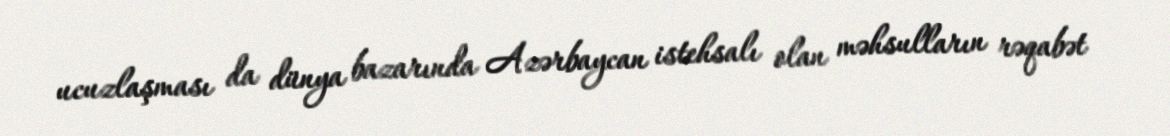
ucuzlaşması da dünya bazarında Azərbaycan istehsalı olan məhsulların rəqabət